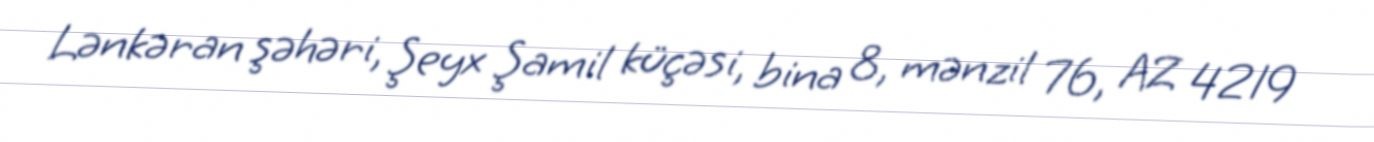
Lənkəran şəhəri, Şeyx Şamil küçəsi, bina 8, mənzil 76, AZ 4219